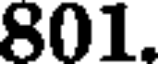
801.